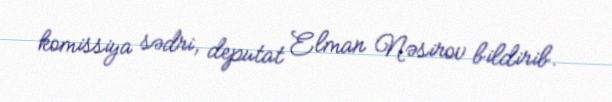
komissiya sədri, deputat Elman Nəsirov bildirib.